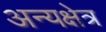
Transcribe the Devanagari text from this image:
अन्यक्षेत्र